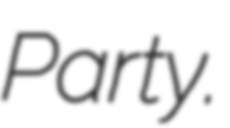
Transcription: Party.